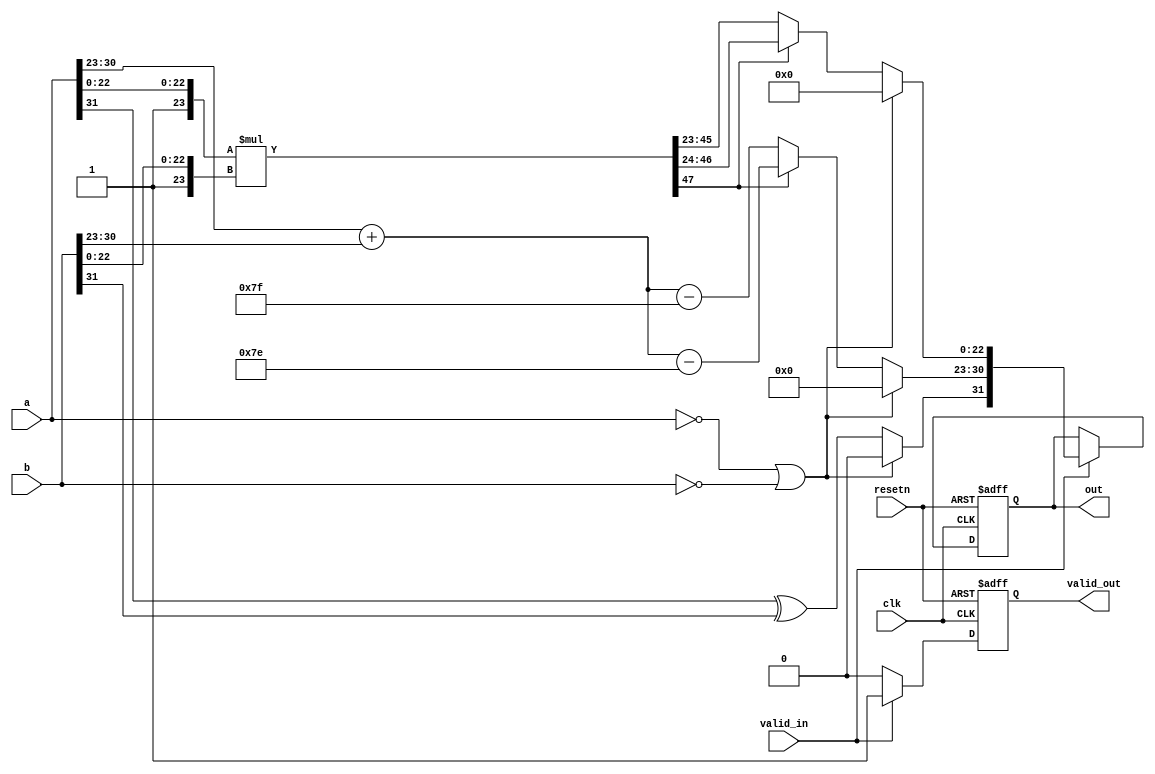
module FP_multiplier (clk,resetn,valid_in,a,b,out,valid_out);
	input clk,resetn,valid_in;
	input [31:0]a,b;
	output	reg [31:0]out;
	output reg valid_out;

	wire [31:0]FP1,FP2;
	assign FP1 = a;
	assign FP2 = b;
	wire sign;
	wire [7:0]ex1;
	wire [7:0]ex2;
	wire[7:0]o_ex;
	wire [23:0]man1, man2;
	wire [47:0]product;
	wire [22:0]mantisa;
	assign man1 = {1'b1,FP1[22:0]};
	 assign man2 = {1'b1,FP2[22:0]};
	
	assign ex1 = FP1[30:23];
	assign ex2 = FP2[30:23];

	
	assign mantisa = (product[47] == 1)? product[46:24] : product[45:23];
	assign sign = FP1[31] ^ FP2[31];
	assign o_ex = (product[47] == 1)? (ex1+ex2-126) :(ex1+ex2-127) ;
	assign product[47:0] = man1 * man2;

	always @(posedge clk or negedge resetn)begin
	if(resetn ==0 )begin
		out[31:0] = 0;
		valid_out =0;
		end
 
	else if(valid_in == 1)begin
	if(FP1 ==0 | FP2 ==0)begin
	       out[31:0] = 0;
	       valid_out = valid_in;
	end
	else begin
		out[31] = sign;
		out[30:23] = o_ex;
		out[22:0] = mantisa;

		valid_out= valid_in;
end
		end	
		else begin 
		valid_out = valid_in;

			out[31:0] = out[31:0];
			end




end

endmodule